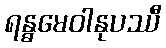
ရန္ဓမေဝါနုပဿီ